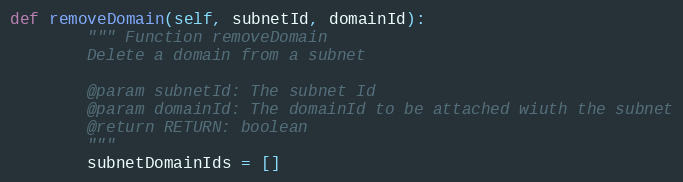
Language: Python
def removeDomain(self, subnetId, domainId):
        """ Function removeDomain
        Delete a domain from a subnet

        @param subnetId: The subnet Id
        @param domainId: The domainId to be attached wiuth the subnet
        @return RETURN: boolean
        """
        subnetDomainIds = []